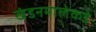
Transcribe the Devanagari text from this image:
खंडनमालेकडे